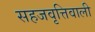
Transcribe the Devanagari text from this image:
सहजवृत्तिवाली